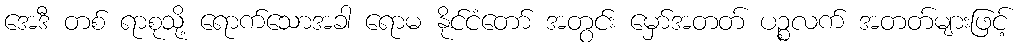
အေဒီ တစ် ရာစုသို့ ရောက်သောအခါ ရောမ နိုင်ငံတော် အတွင်း မှော်အတတ် ပဉ္စလက် အတတ်များဖြင့်